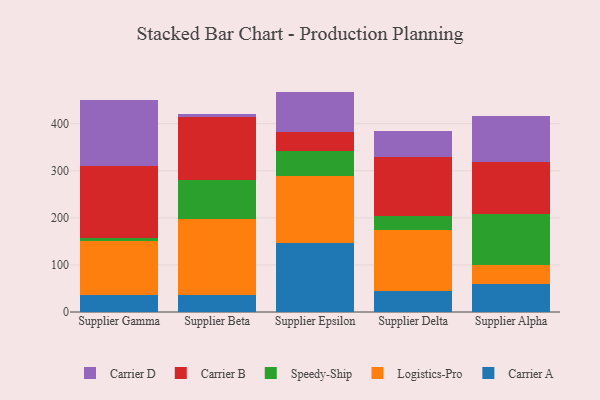
{"axis": {"x": "Supplier", "y": "Budget (USD K)"}, "legend": ["Carrier A", "Carrier B", "Carrier D", "Logistics-Pro", "Speedy-Ship"], "data": [{"x": "Supplier Gamma", "y": 36.7, "type": "Carrier A"}, {"x": "Supplier Gamma", "y": 114.1, "type": "Logistics-Pro"}, {"x": "Supplier Gamma", "y": 7.3, "type": "Speedy-Ship"}, {"x": "Supplier Gamma", "y": 152.1, "type": "Carrier B"}, {"x": "Supplier Gamma", "y": 140.1, "type": "Carrier D"}, {"x": "Supplier Beta", "y": 37.0, "type": "Carrier A"}, {"x": "Supplier Beta", "y": 159.6, "type": "Logistics-Pro"}, {"x": "Supplier Beta", "y": 83.2, "type": "Speedy-Ship"}, {"x": "Supplier Beta", "y": 135.0, "type": "Carrier B"}, {"x": "Supplier Beta", "y": 5.2, "type": "Carrier D"}, {"x": "Supplier Epsilon", "y": 146.2, "type": "Carrier A"}, {"x": "Supplier Epsilon", "y": 142.7, "type": "Logistics-Pro"}, {"x": "Supplier Epsilon", "y": 52.8, "type": "Speedy-Ship"}, {"x": "Supplier Epsilon", "y": 39.7, "type": "Carrier B"}, {"x": "Supplier Epsilon", "y": 86.8, "type": "Carrier D"}, {"x": "Supplier Delta", "y": 44.8, "type": "Carrier A"}, {"x": "Supplier Delta", "y": 129.2, "type": "Logistics-Pro"}, {"x": "Supplier Delta", "y": 30.5, "type": "Speedy-Ship"}, {"x": "Supplier Delta", "y": 124.4, "type": "Carrier B"}, {"x": "Supplier Delta", "y": 56.2, "type": "Carrier D"}, {"x": "Supplier Alpha", "y": 59.8, "type": "Carrier A"}, {"x": "Supplier Alpha", "y": 39.7, "type": "Logistics-Pro"}, {"x": "Supplier Alpha", "y": 108.2, "type": "Speedy-Ship"}, {"x": "Supplier Alpha", "y": 110.9, "type": "Carrier B"}, {"x": "Supplier Alpha", "y": 97.1, "type": "Carrier D"}]}